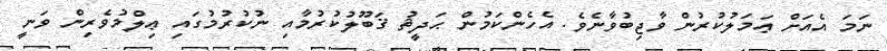
ނަމަ އެއަށް ޢަމަލުކުރުން ވާޖިބުވާނެވެ. އެހެންކަމުން ޙަދީޘު ޤަބޫލުކުރުމާއި ނުކުރުމުގައި ޢިލްމުވެރިން ވަނީ